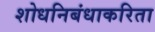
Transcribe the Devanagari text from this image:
शोधनिबंधाकरिता